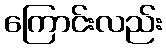
ကြောင်းလည်း